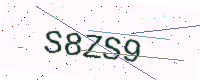
Text: S8ZS9